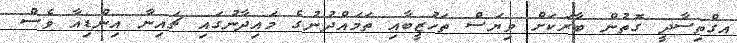
އގްތިސާދީ ގޮތުން ބާރަކަށް ވިޔަސް ތަހުޒީބާއި ތަމައްދުނުގެ މައިދާނުގައި ޗައިނާ އިންޑިއާ ވެސް